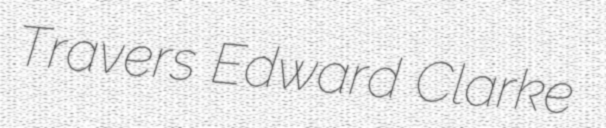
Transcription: Travers Edward Clarke